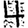
Digit: 4